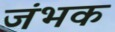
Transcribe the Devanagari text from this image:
जंभक